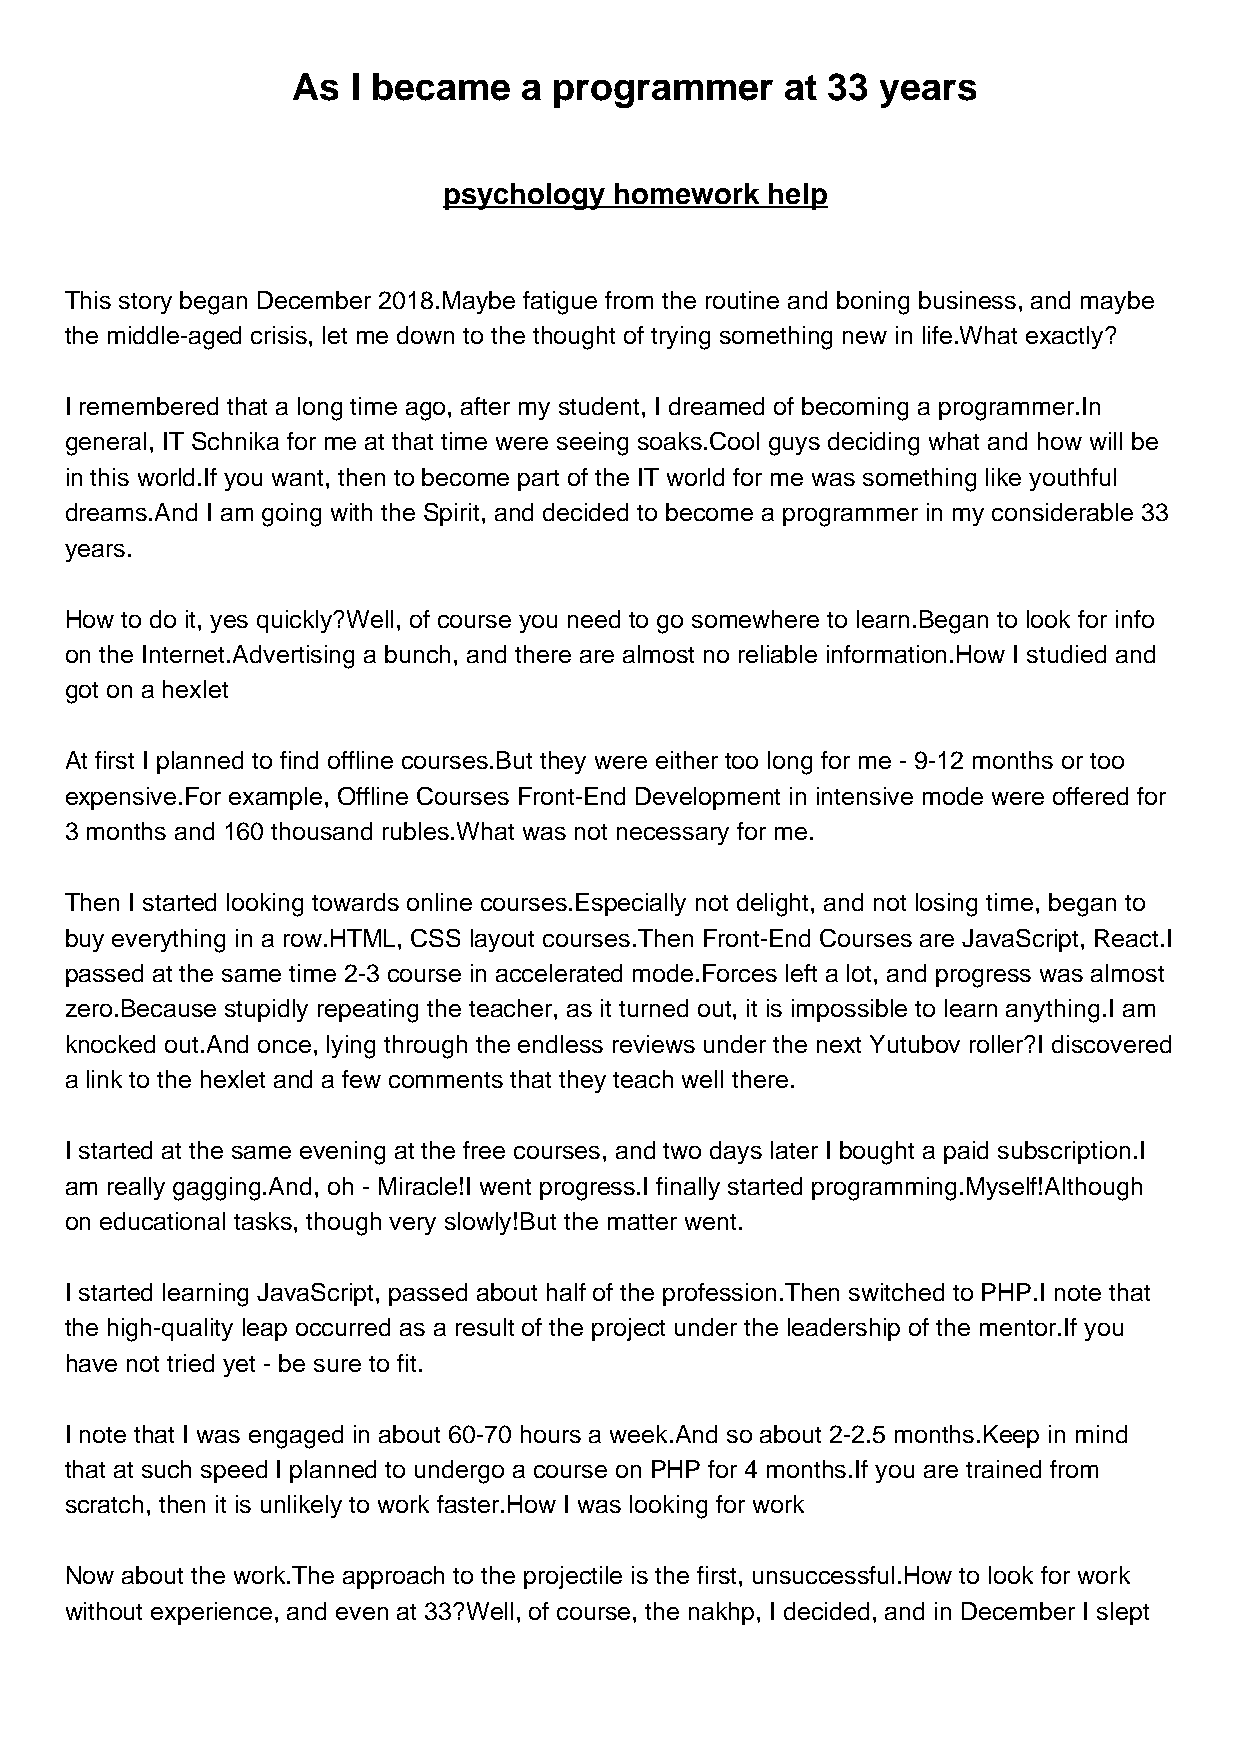
As  I became    a programmer     at 33 years
 psychology  homework  help
 This story began December 2018.Maybe fatigue from the routine and boning business, and maybe
 the middle-aged crisis, let me down to the thought of trying something new in life.What exactly?
 I remembered that a long time ago, after my student, I dreamed of becoming a programmer.In
 general, IT Schnika for me at that time were seeing soaks.Cool guys deciding what and how will be
 in this world.If you want, then to become part of the IT world for me was something like youthful
 dreams.And I am going with the Spirit, and decided to become a programmer in my considerable 33
 years.
 How to do it, yes quickly?Well, of course you need to go somewhere to learn.Began to look for info
 on the Internet.Advertising a bunch, and there are almost no reliable information.How I studied and
 got on a hexlet
 At first I planned to find offline courses.But they were either too long for me - 9-12 months or too
 expensive.For example, Offline Courses Front-End Development in intensive mode were offered for
 3 months and 160 thousand rubles.What was not necessary for me.
 Then I started looking towards online courses.Especially not delight, and not losing time, began to
 buy everything in a row.HTML, CSS layout courses.Then Front-End Courses are JavaScript, React.I
 passed at the same time 2-3 course in accelerated mode.Forces left a lot, and progress was almost
 zero.Because stupidly repeating the teacher, as it turned out, it is impossible to learn anything.I am
 knocked out.And once, lying through the endless reviews under the next Yutubov roller?I discovered
 a link to the hexlet and a few comments that they teach well there.
 I started at the same evening at the free courses, and two days later I bought a paid subscription.I
 am really gagging.And, oh - Miracle!I went progress.I finally started programming.Myself!Although
 on educational tasks, though very slowly!But the matter went.
 I started learning JavaScript, passed about half of the profession.Then switched to PHP.I note that
 the high-quality leap occurred as a result of the project under the leadership of the mentor.If you
 have not tried yet - be sure to fit.
 I note that I was engaged in about 60-70 hours a week.And so about 2-2.5 months.Keep in mind
 that at such speed I planned to undergo a course on PHP for 4 months.If you are trained from
 scratch, then it is unlikely to work faster.How I was looking for work
 Now about the work.The approach to the projectile is the first, unsuccessful.How to look for work
 without experience, and even at 33?Well, of course, the nakhp, I decided, and in December I slept